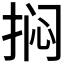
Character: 𫼽